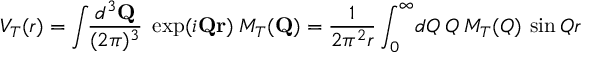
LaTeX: V _ { T } ( r ) = \int { \! \! { \frac { d ^ { 3 } { \mathbf Q } } { ( 2 \pi ) ^ { 3 } } } \; \exp ( i { \mathbf Q } { \mathbf r } ) \: { \cal M } _ { T } ( { \mathbf Q } ) } = { \frac { 1 } { 2 \pi ^ { 2 } r } } \int _ { 0 } ^ { \infty } \! d Q \: Q \: { \cal M } _ { T } ( Q ) \: \sin Q r